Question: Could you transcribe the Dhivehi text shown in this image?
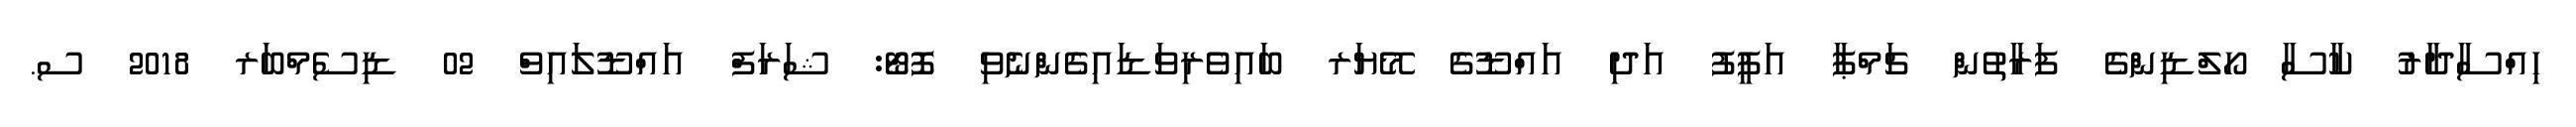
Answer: ހިއްސާދާރު ކާސާ ހޯލްޑިންގެ ފަރާތުން ޗަމްޕާ އަފީފު އަދި އައްޑޫގެ މޭޔަރ ބައިވެރިވަޑައިގެންނެވި ފޮޓޯ: ޝަރަފް އައްޑޫލައިވް 02 ޑިސެމްބަރ 2018 ސ.